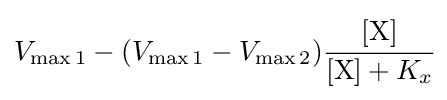
V_{\max 1}-(V_{\max 1}-V_{\max 2}){\cfrac {[\mathrm {X} ]}{[{\ce {X}}]+K_{x}}}